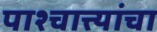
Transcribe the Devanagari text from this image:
पाश्चात्त्यांचा